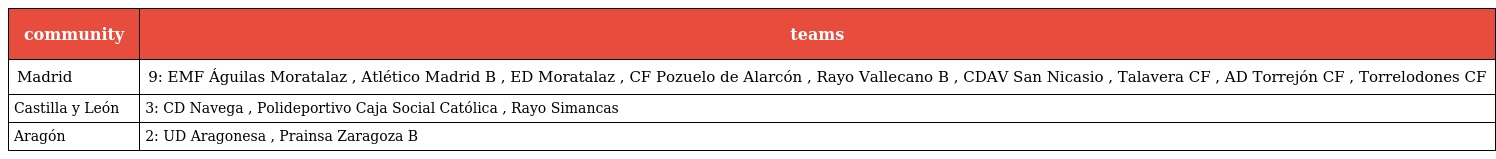
| community | teams |
 | --- | --- |
 | Madrid | 9: EMF Águilas Moratalaz , Atlético Madrid B , ED Moratalaz , CF Pozuelo de Alarcón , Rayo Vallecano B , CDAV San Nicasio , Talavera CF , AD Torrejón CF , Torrelodones CF |
 | Castilla y León | 3: CD Navega , Polideportivo Caja Social Católica , Rayo Simancas |
 | Aragón | 2: UD Aragonesa , Prainsa Zaragoza B |